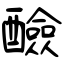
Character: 醶